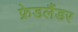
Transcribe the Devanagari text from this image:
फ्रेडलैंडर